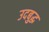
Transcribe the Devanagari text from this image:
उदबुद्ध